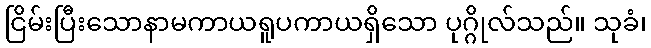
ငြိမ်းပြီးသောနာမကာယရူပကာယရှိသော ပုဂ္ဂိုလ်သည်။ သုခံ၊